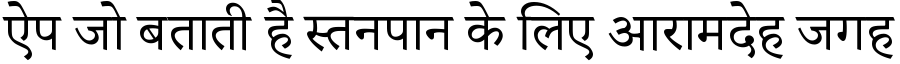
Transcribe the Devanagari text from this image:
ऐप जो बताती है स्तनपान के लिए आरामदेह जगह